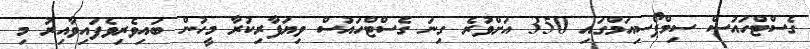
ގެސްޓްހައުސް ސިމްޕޯސިއަމްގައި 350 އަށްވުރެ ގިނަ ގެސްޓްހައުސް ވިޔަފާރިކުރާ މީހުން ބައިވެރިވެފައިވާއިރު މި